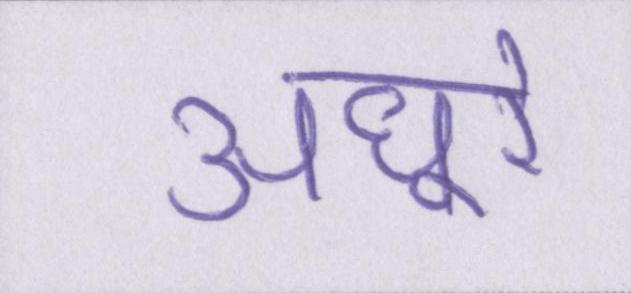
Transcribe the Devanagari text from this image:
अधूरे